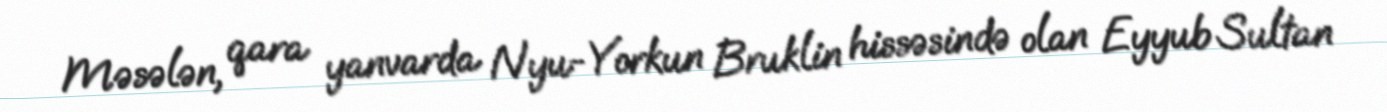
Məsələn, qara yanvarda Nyu-Yorkun Bruklin hissəsində olan Eyyub Sultan